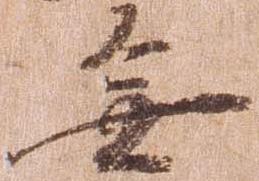
無